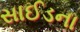
સાઈડના